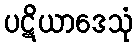
ပဋိယာဒေသုံ